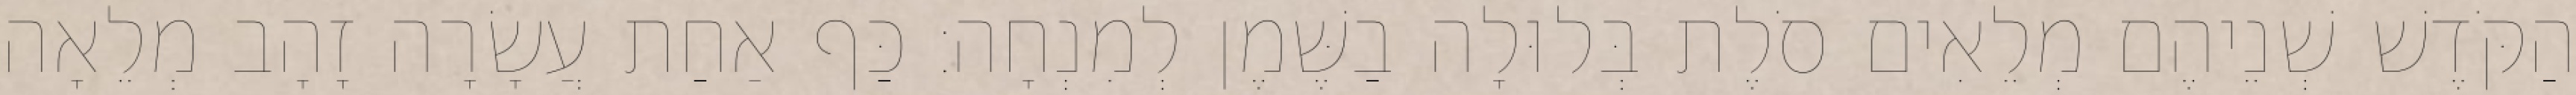
הַקֹּדֶשׁ שְׁנֵיהֶם מְלֵאִים סֹלֶת בְּלוּלָה בַשֶּׁמֶן לְמִנְחָה׃ כַּף אַחַת עֲשָׂרָה זָהָב מְלֵאָה